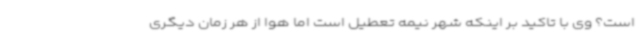
است؟ وی با تاکید بر اینکه شهر نیمه تعطیل است اما هوا از هر زمان دیگری